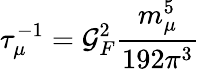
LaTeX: \tau_{\mu}^{-1}=\mathcal{G}_{F}^{2}\frac{{m_{\mu}^{5}}}{{192\pi^{3}}}